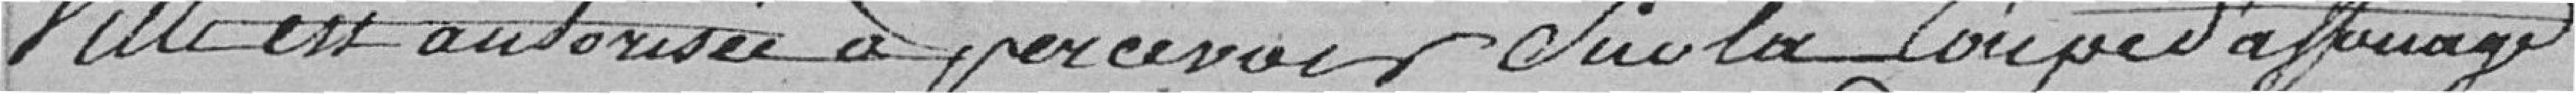
Ville est autorisée à percevoir sur la coupe d'affouage